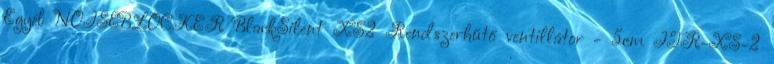
Egyéb NOISEBLOCKER BlackSilent XS2 Rendszerhűtő ventillátor - 5cm ITR-XS-2